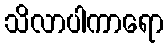
သိလာပါကာရော